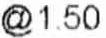
@ 1.50